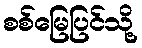
စစ်မြေပြင်သို့